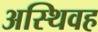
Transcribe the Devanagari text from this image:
अस्थिवह